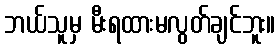
ဘယ်သူမှ မီးရထားမလွတ်ချင်ဘူး။